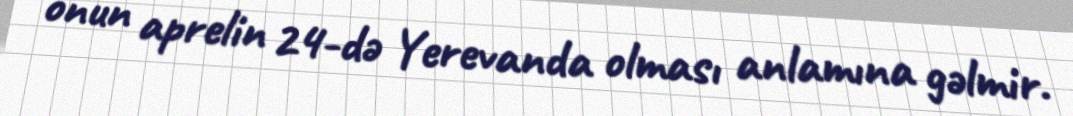
onun aprelin 24-də Yerevanda olması anlamına gəlmir.